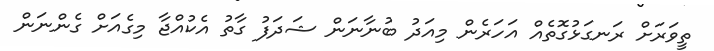
ތީވަރަށް ރަނގަޅުގޮތެއް އަހަރެން މިއަދު ބުނާނަން ޝަދަފު ގާތު އެކުއްޖާ މިގެއަށް ގެންނަން